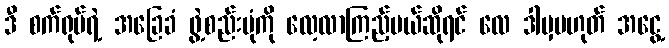
ဒီ စက်ရုပ်ရဲ့ အခြေခံ ဖွဲ့စည်းပုံကို လေ့လာကြည့်မယ်ဆိုရင် လေ ဒါမှမဟုတ် အငွေ့